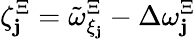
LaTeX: \zeta_{\mathbf{j}}^{\Xi}=\tilde{{\omega}}_{\xi_{\mathbf{j}}}^{\Xi}-\Delta\omega_{\mathbf{j}}^{\Xi}